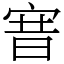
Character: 㝜